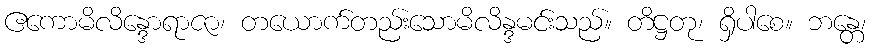
ဧကောမိလိန္ဒောရာဇာ၊ တယောက်တည်းသောမိလိန္ဒမင်းသည်။ တိဋ္ဌတု၊ ရှိပါစေ။ ဘန္တေ၊